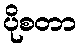
ပိုစတာ